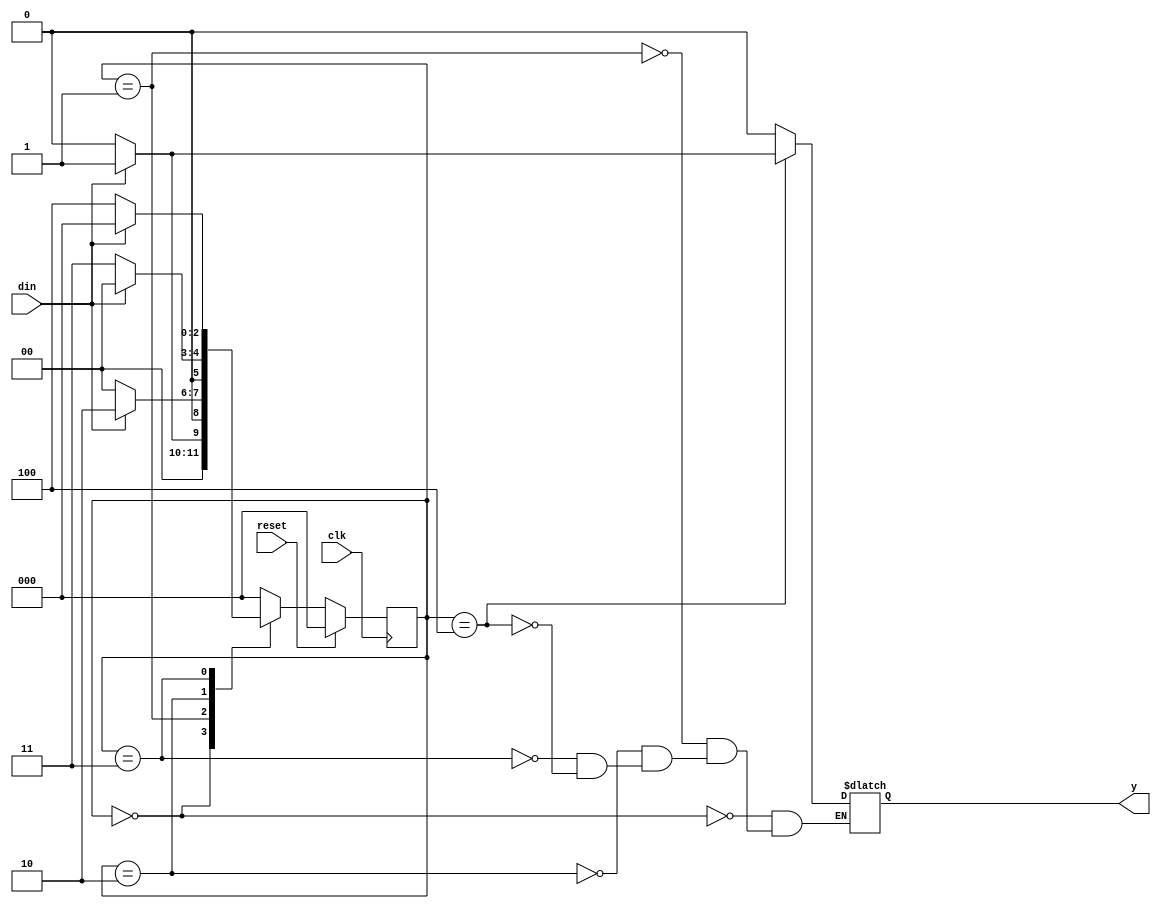
// This program was cloned from: https://github.com/Suni123456789/100DaysRTL
// License: Apache License 2.0

`timescale 1ns / 1ps

module fsm_11001(
    input din,clk,reset,
	output reg y);
	
	reg[2:0] cst, nst;	
	parameter S0=3'b000,
              S1=3'b001,
              S2=3'b010,
              S3=3'b011,
              S4=3'b100;
				 
	always@ (posedge clk)
	begin
		if(reset)
			cst<=S0;
		else
			cst<=nst;
	end
	
	always @(cst or din)
	begin
		case(cst)
			S0: if(din==1'b1)
					begin
						nst<=S1;
						y<=1'b0;
					end
				 else
					begin
						nst<=S0;
						y<=1'b0;
					end
				
			S1: if(din==1'b1)
					begin
						nst<=S2;
						y<=1'b0;
					end
				 else
					begin
						nst<=S0;
						y<=1'b0;
					end
					
			S2: if(din==1'b1)
					begin
						nst<=S0;
						y<=1'b0;
					end
				 else
					begin
						nst<=S3;
						y<=1'b0;
					end
					
			S3: if(din==1'b1)
					begin
						nst<=S0;
						y<=1'b0;
					end
				 else
					begin
						nst<=S4;
						y<=1'b0;
					end
					
            S4: if(din==1'b1)
                    begin
                        nst<=S0;
                        y<=1'b1;
                    end
                 else
                    begin
                        nst<=S0;
                        y<=1'b0;
                    end
					
		default: nst<=S0;
		endcase
	end
endmodule